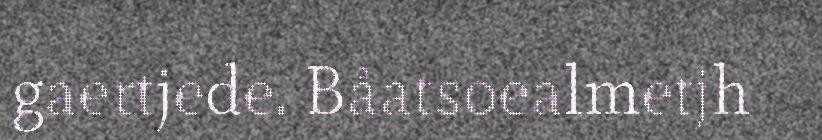
gaertjede. Båatsoealmetjh